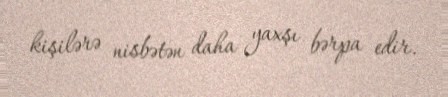
kişilərə nisbətən daha yaxşı bərpa edir.